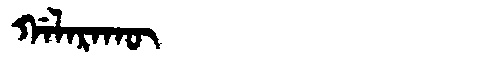
Manchu: ᡤᠠᠯᠠᡵᠠᡴᡡ
Romanization: GALARAKŪ